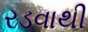
રડવાથી